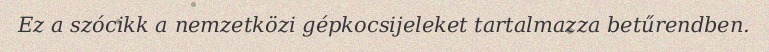
Ez a szócikk a nemzetközi gépkocsijeleket tartalmazza betűrendben.